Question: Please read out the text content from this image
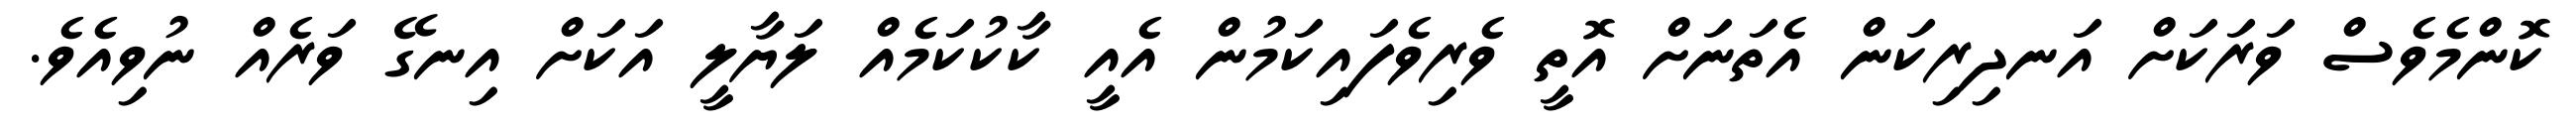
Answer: ކޮންމެވެސް ވަރަކަށް އަނދިރިކަން އެތަނަށް އޮތީ ވެރިވެފައިކަމުން އެއީ ކާކުކަމެއް ލަޔާލީ އަކަށް އިނގޭ ވަރެއް ނުވިއެވެ.